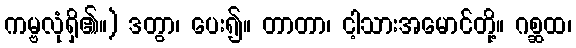
ကမ္ဗလုံရှိ၏။) ဒတွာ၊ ပေး၍။ တာတာ၊ ငါ့သားအမောင်တို့။ ဂစ္ဆထ၊